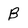
Character: B